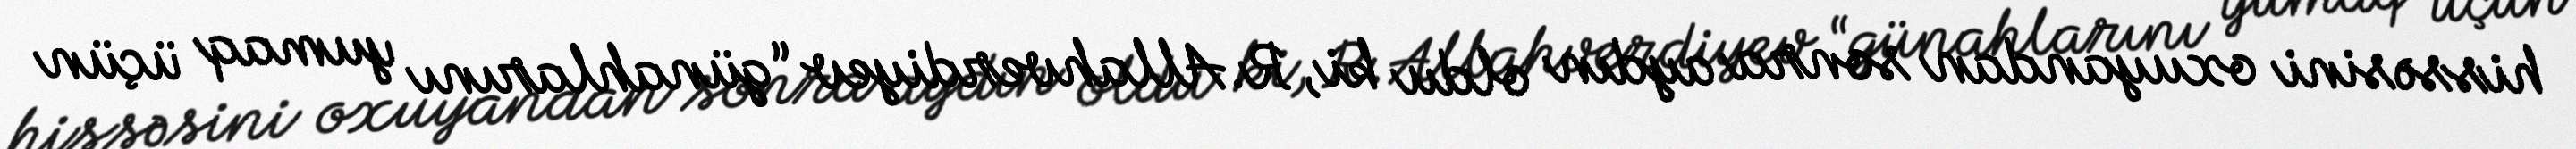
hissəsini oxuyandan sonra aydın oldu ki, R.Allahverdiyev “günahlarını yumaq üçün